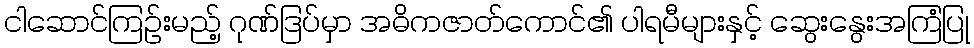
ငါဆောင်ကြဉ်းမည့် ဂုဏ်ဒြပ်မှာ အဓိကဇာတ်ကောင်၏ ပါရမီများနှင့် ဆွေးနွေးအကြံပြု